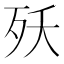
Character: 殀